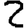
Digit: 2